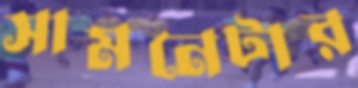
সামনেটার